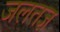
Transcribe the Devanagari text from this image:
जलतज्ञ